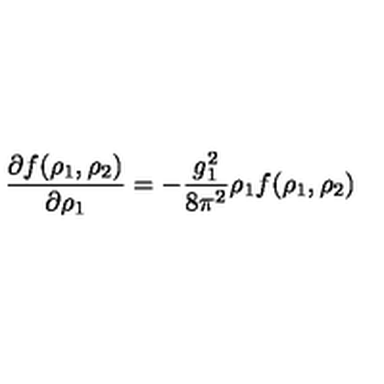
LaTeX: \frac { \partial f ( \rho _ { 1 } , \rho _ { 2 } ) } { \partial \rho _ { 1 } } = - \frac { g _ { 1 } ^ { 2 } } { 8 \pi ^ { 2 } } \rho _ { 1 } f ( \rho _ { 1 } , \rho _ { 2 } )